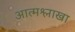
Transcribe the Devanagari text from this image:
आत्मश्लाखा